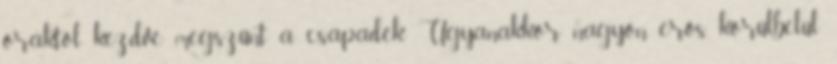
óráktól kezdve megszűnt a csapadék. Ugyanakkor nagyon erős, körülbelül